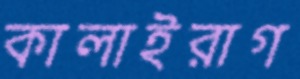
কালাইরাগ